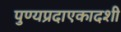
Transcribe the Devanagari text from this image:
पुण्यप्रदाएकादशी